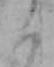
く